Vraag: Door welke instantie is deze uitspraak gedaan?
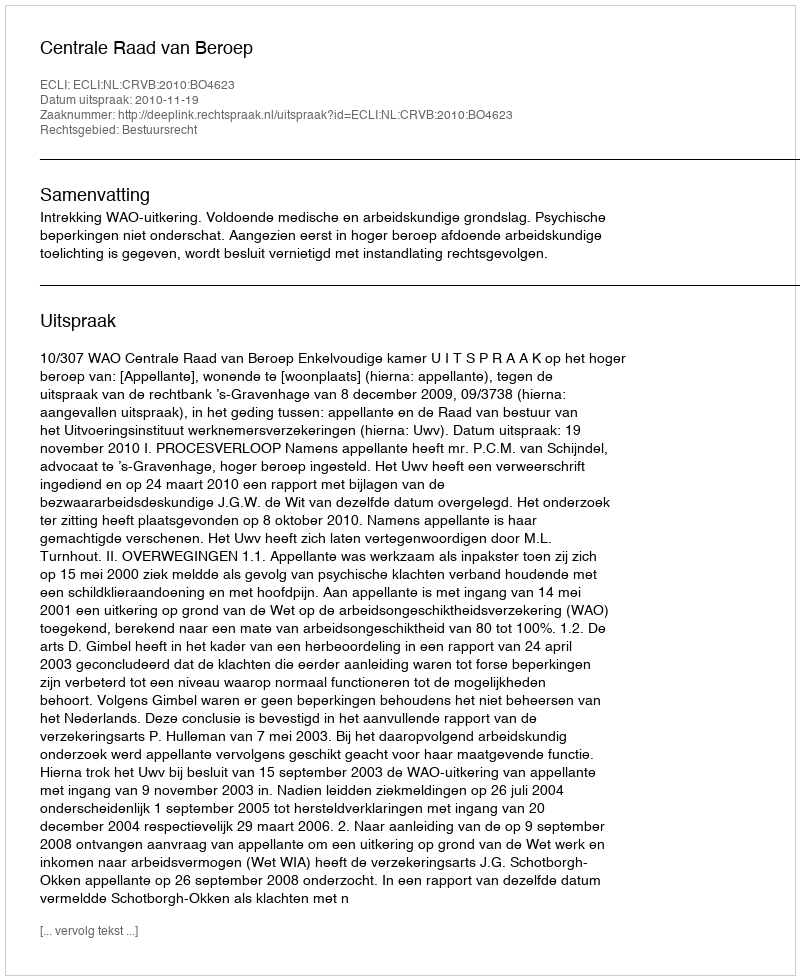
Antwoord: Centrale Raad van Beroep